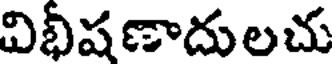
విభీషణాదులచు